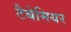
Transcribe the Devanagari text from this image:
टैबेमियर